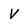
Character: V